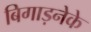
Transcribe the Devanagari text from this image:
बिगाड़नेके